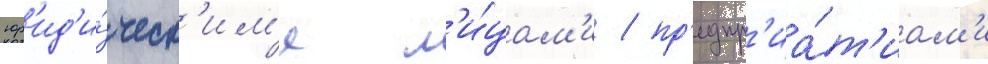
юр'ид'и́ческ'им'и л'и́цам'и / пр'едпр'иа́т'иам'и